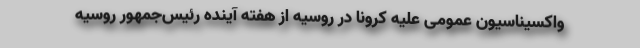
واکسیناسیون عمومی علیه کرونا در روسیه از هفته آینده رئیس‌جمهور روسیه